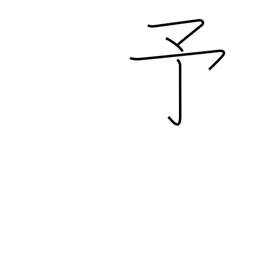
Meaning: previous